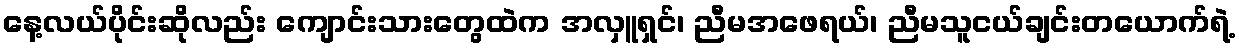
နေ့လယ်ပိုင်းဆိုလည်း ကျောင်းသားတွေထဲက အလှူရှင်၊ ညီမအဖေရယ်၊ ညီမသူငယ်ချင်းတယောက်ရဲ့